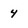
Character: 4